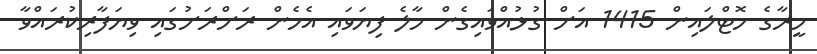
މީރާގެ ހޮޓްލައިން 1415 އަށް ގުޅުއްވައިގެން މާލެ ފިޔަވައި އެހެން ރަށްރަށުގައި ވިޔަފާރިކުރައްވާ